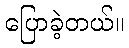
ပြောခဲ့တယ်။